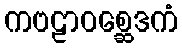
ကဗဠာဝစ္ဆေဒကံ